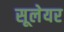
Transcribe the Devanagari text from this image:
सूलेयर